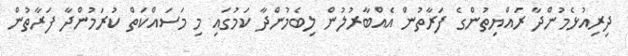
ދިރިއުޅެމުންދާ ރައްޔިތުންގެ ފަރާތުން އެއްބާރުލުން ލިބެމުންދާ ކަމުގައި މި މަސައްކަތް ކުރަމުންދާ ފަރާތުން